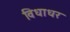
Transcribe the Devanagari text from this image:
विधाधर